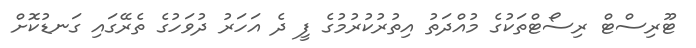
ޓޫރިސްޓް ރިސޯޓްތަކުގެ މުއްދަތު އިތުރުކުރުމުގެ ފީ ދެ އަހަރު ދުވަހުގެ ތެރޭގައި ގަނޑުކޮށް